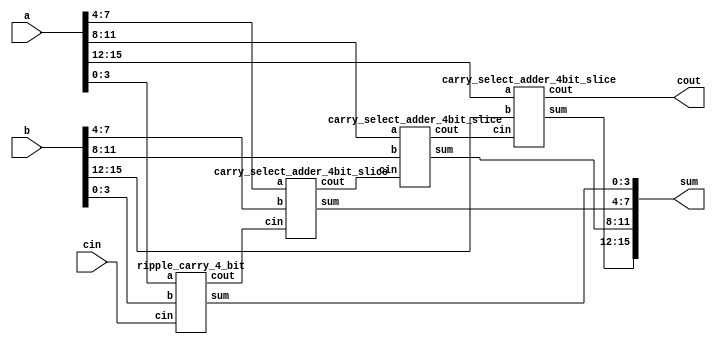
`timescale 1ns / 1ps
//////////////////////////////////////////////////////////////////////////////////
// Company: 
// Engineer: 
// 
// Design Name: 
// Module Name:    CSA16ins 
// Project Name: 
// Target Devices: 
// Tool versions: 
// Description: 
//
// Dependencies: 
//
// Revision: 
// Revision 0.01 - File Created
// Additional Comments: 
//
//////////////////////////////////////////////////////////////////////////////////

`timescale 1ns / 1ns

module CSA16ins(a, b, cin, sum, cout);
input [15:0] a,b;
input cin;
output [15:0] sum;
output cout;
 
wire [2:0] c;
 
ripple_carry_4_bit rca1(
.a(a[3:0]),
.b(b[3:0]),
.cin(cin),
.sum(sum[3:0]),
.cout(c[0]));
 
// first 4-bit by ripple_carry_adder
carry_select_adder_4bit_slice csa_slice1(
.a(a[7:4]),
.b(b[7:4]),
.cin(c[0]),
.sum(sum[7:4]),
.cout(c[1]));
 
carry_select_adder_4bit_slice csa_slice2(
.a(a[11:8]),
.b(b[11:8]),
.cin(c[1]),
.sum(sum[11:8]), 
.cout(c[2]));
 
carry_select_adder_4bit_slice csa_slice3(
.a(a[15:12]),
.b(b[15:12]),
.cin(c[2]),
.sum(sum[15:12]),
.cout(cout));
endmodule
 
//////////////////////////////////////
//4-bit Carry Select Adder Slice
//////////////////////////////////////
 
module carry_select_adder_4bit_slice(a, b, cin, sum, cout);
input [3:0] a,b;
input cin;
output [3:0] sum;
output cout;
 
wire [3:0] s0,s1;
wire c0,c1;
 
ripple_carry_4_bit rca1(
.a(a[3:0]),
.b(b[3:0]),
.cin(1'b0),
.sum(s0[3:0]),
.cout(c0));
 
ripple_carry_4_bit rca2(
.a(a[3:0]),
.b(b[3:0]),
.cin(1'b1),
.sum(s1[3:0]),
.cout(c1));
 
mux2X1 #(4) ms0(
.in0(s0[3:0]),
.in1(s1[3:0]),
.sel(cin),
.out(sum[3:0]));
 
mux2X1 #(1) mc0(
.in0(c0),
.in1(c1),
.sel(cin),
.out(cout));
endmodule
 
/////////////////////
//2X1 Mux
/////////////////////
 
module mux2X1( in0,in1,sel,out);
parameter width=16; 
input [width-1:0] in0,in1;
input sel;
output [width-1:0] out;
assign out=(sel)?in1:in0;
endmodule
 
 
/////////////////////////////////
//4-bit Ripple Carry Adder
/////////////////////////////////
module ripple_carry_4_bit(a, b, cin, sum, cout);
input [3:0] a,b;
input cin;
output [3:0] sum;
output cout;
 
wire c1,c2,c3;
 
full_adder fa0(
.a(a[0]),
.b(b[0]),
.cin(cin),
.sum(sum[0]),
.cout(c1));
 
full_adder fa1(
.a(a[1]),
.b(b[1]),
.cin(c1),
.sum(sum[1]),
.cout(c2));
 
full_adder fa2(
.a(a[2]),
.b(b[2]),
.cin(c2),
.sum(sum[2]),
.cout(c3));
 
full_adder fa3(
.a(a[3]),
.b(b[3]),
.cin(c3),
.sum(sum[3]),
.cout(cout));
endmodule
 
/////////////////////
//1bit Full Adder
/////////////////////
 
module full_adder(a,b,cin,sum, cout);
input a,b,cin;
output sum, cout;
 
wire x,y,z;
 
half_adder h1(.a(a), .b(b), .sum(x), .cout(y));
half_adder h2(.a(x), .b(cin), .sum(sum), .cout(z));
or or_1(cout,z,y);
endmodule
 
//////////////////////
// 1 bit Half Adder
//////////////////////
 
module half_adder( a,b, sum, cout );
input a,b;
output sum, cout;
xor xor_1 (sum,a,b);
and and_1 (cout,a,b);
endmodule